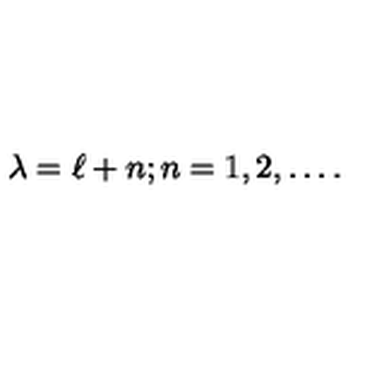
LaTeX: \lambda = \ell + n ; n = 1 , 2 , \dots .